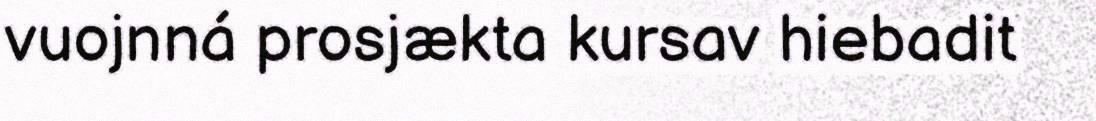
vuojnná prosjækta kursav hiebadit